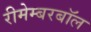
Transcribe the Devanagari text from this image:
रीमेम्बरबॉल